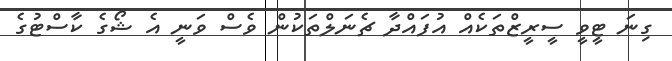
ގިނަ ޓީވީ ސީރީޒްތަކެއް އުފައްދާ ޗެނަލްތަކުން ވެސް ވަނީ އެ ޝޯގެ ކާސްޓުގެ